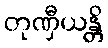
တုဏှီယန္တိ